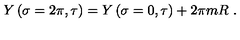
Y \left( \sigma = 2 \pi , \tau \right) = Y \left( \sigma = 0 , \tau \right) + 2 \pi m R \ .